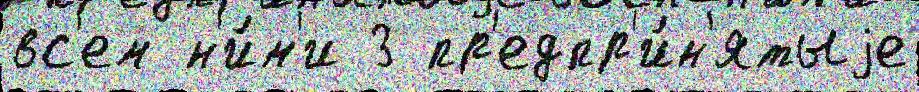
вс'ем н'и́м'и 3 пр'едпр'и́н'ятыjе